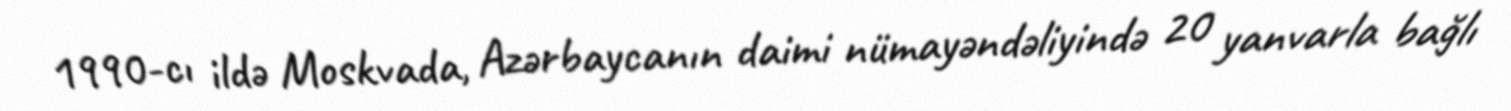
1990-cı ildə Moskvada, Azərbaycanın daimi nümayəndəliyində 20 yanvarla bağlı